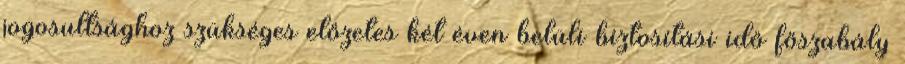
jogosultsághoz szükséges előzetes két éven belüli biztosítási idő főszabály